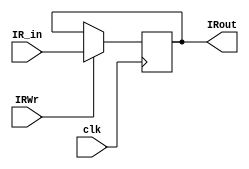
module IR(input clk,input IRWr,input [31:0] IR_in,output reg [31:0] IRout);//,output reg [4:0] IRreg1,output reg [4:0] IRreg2,output reg [4:0] IRreg3,output reg [5:0] IR_ALUfunc);
    always@(posedge clk) begin
        #2 
        if(IRWr)begin
            IRout=IR_in;
            //IRreg1=IR_in[25:21];
            //IRreg2=IR_in[20:16];
            //IRreg3=IR_in[15:11];
            //IR_ALUfunc=IR_in[5:0];
        end
    end
endmodule